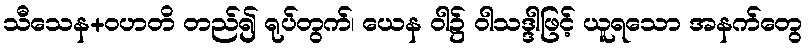
သီသေန+ဝဟတိ တည်၍ ရုပ်တွက်၊ ယေန ဝါ၌ ဝါသဒ္ဒါဖြင့် ယူရသော အနက်တွေ